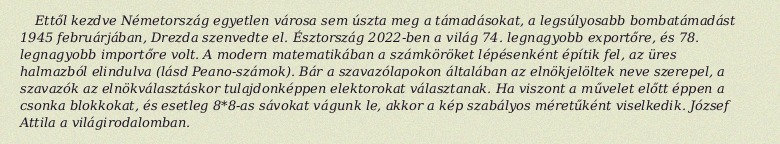
Ettől kezdve Németország egyetlen városa sem úszta meg a támadásokat, a legsúlyosabb bombatámadást 1945 februárjában, Drezda szenvedte el. Észtország 2022-ben a világ 74. legnagyobb exportőre, és 78. legnagyobb importőre volt. A modern matematikában a számköröket lépésenként építik fel, az üres halmazból elindulva (lásd Peano-számok). Bár a szavazólapokon általában az elnökjelöltek neve szerepel, a szavazók az elnökválasztáskor tulajdonképpen elektorokat választanak. Ha viszont a művelet előtt éppen a csonka blokkokat, és esetleg 8*8-as sávokat vágunk le, akkor a kép szabályos méretűként viselkedik. József Attila a világirodalomban.